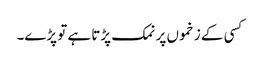
کسی کے زخموں پر نمک پڑتا ہے تو پڑے۔